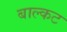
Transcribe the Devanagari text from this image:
बाल्कट